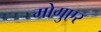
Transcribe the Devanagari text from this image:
मोगुएर